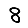
Digit: 8